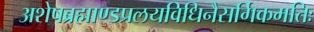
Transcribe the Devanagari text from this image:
अशेषब्रह्माण्डप्रलयविधिनैसर्गिकमतिः